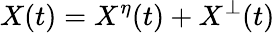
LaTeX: X(t)=X^{\eta}(t)+X^{\bot}(t)